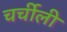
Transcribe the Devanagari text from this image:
चर्चीली